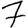
Digit: 7